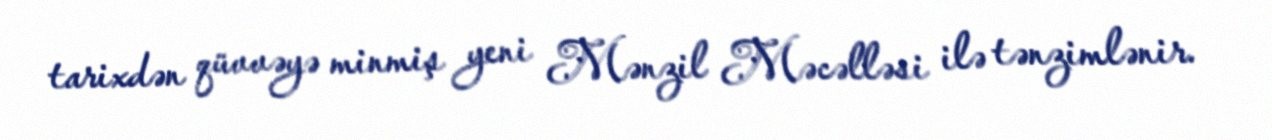
tarixdən qüvvəyə minmiş yeni Mənzil Məcəlləsi ilə tənzimlənir.